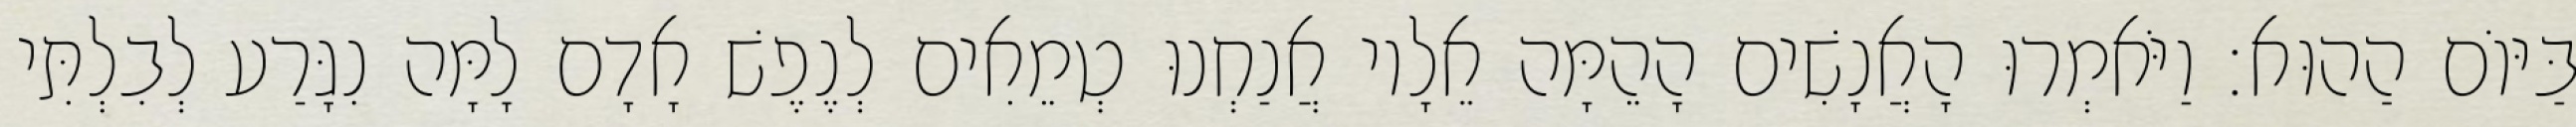
בַּיּוֹם הַהוּא׃ וַיֹּאמְרוּ הָאֲנָשִׁים הָהֵמָּה אֵלָיו אֲנַחְנוּ טְמֵאִים לְנֶפֶשׁ אָדָם לָמָּה נִגָּרַע לְבִלְתִּי